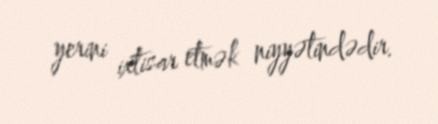
yerini ixtisar etmək niyyətindədir.